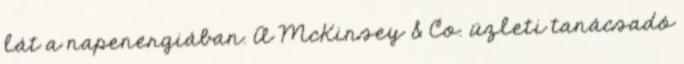
lát a napenergiában. A McKinsey & Co. üzleti tanácsadó